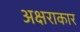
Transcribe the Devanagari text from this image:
अक्षराकार